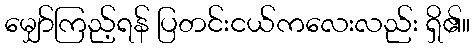
မျှော်ကြည့်ရန် ပြတင်းငယ်ကလေးလည်း ရှိ၏။